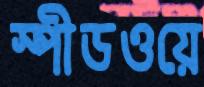
স্পীডওয়ে